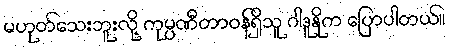
မဟုတ်သေးဘူးလို့ ကုမ္ပဏီတာဝန်ရှိသူ ဂါဒူနိုက ပြောပါတယ်။